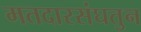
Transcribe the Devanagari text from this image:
मतदारसंघतुन